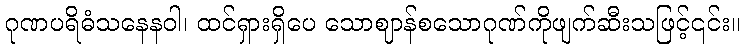
ဂုဏပရိဓံသနေနဝါ၊ ထင်ရှားရှိပေ သောဈာန်စသောဂုဏ်ကိုဖျက်ဆီးသဖြင့်၎င်း။